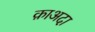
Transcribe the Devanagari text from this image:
क़ाअदा